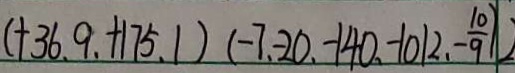
( + 3 6 . 9 + 1 7 5 . 1 ) ( - 7 . - 2 0 . - 1 4 0 , - 1 0 1 2 , - \frac { 1 0 } { 9 } )